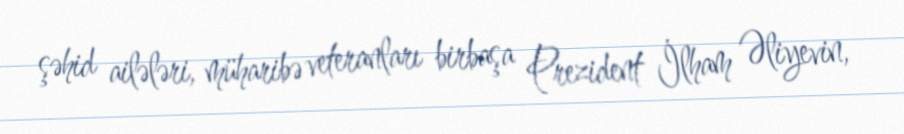
şəhid ailələri, müharibə veteranları birbaşa Prezident İlham Əliyevin,